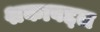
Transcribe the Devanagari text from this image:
शकाबद्दल